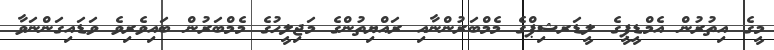
މީގެ އިތުރުން އެމްޑީޕީގެ ލީޑަރޝިޕްގެ މެމްބަރުންނާއި ރައްޔިތުންގެ މަޖިލީހުގެ މެމްބަރުން ބައިވެރިވެ ވަޑައިގަންނަވާ